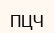
ПЦЧ